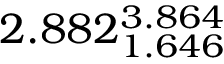
2 . 8 8 2 _ { 1 . 6 4 6 } ^ { 3 . 8 6 4 }